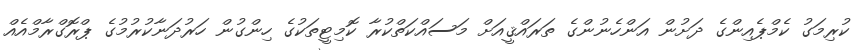
ކުރިމަގު ކެމްޕެއިންގެ ދަށުން އަންހެނުންގެ ތަރައްޤީއަށް މަސައްކަތްކުރާ ކޮމިޓީތަކުގެ ހިންގުން ހަރުދަނާކުރުމުގެ ޕްރޮގްރާމްއެއް